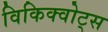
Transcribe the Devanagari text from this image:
विकिक्वोट्स